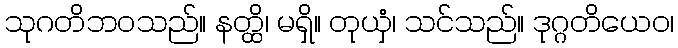
သုဂတိဘဝသည်။ နတ္ထိ၊ မရှိ။ တုယှံ၊ သင်သည်။ ဒုဂ္ဂတိယေဝ၊